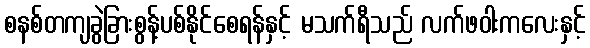
စနစ်တကျခွဲခြားစွန့်ပစ်နိုင်စေရန်နှင့် မသက်ရီသည် လက်ဖဝါးကလေးနှင့်